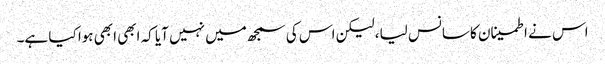
اس نے اطمینان کا سانس لیا، لیکن اس کی سمجھ میں نہیں آیا کہ ابھی ابھی ہوا کیا ہے۔